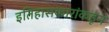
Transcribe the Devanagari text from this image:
इतिहासकारांकडून